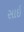
સાઇ